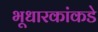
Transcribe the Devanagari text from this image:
भूधारकांकडे